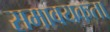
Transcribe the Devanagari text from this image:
समावयकता